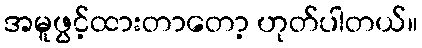
အမူဖွင့်ထားတာတော့ ဟုတ်ပါတယ်။